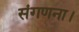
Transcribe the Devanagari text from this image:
संगणना।